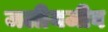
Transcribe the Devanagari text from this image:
जलीयजीव